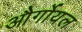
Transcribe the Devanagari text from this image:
और्गोयल